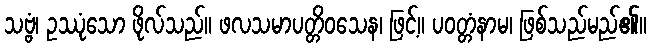
သဗ္ဗံ၊ ဥဿုံသော ဖိုလ်သည်။ ဖလသမာပတ္တိဝသေန၊ ဖြင့်။ ပဝတ္တံနာမ၊ ဖြစ်သည်မည်၏။